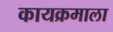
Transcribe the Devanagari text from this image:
कायक्रमाला